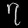
Digit: ၇